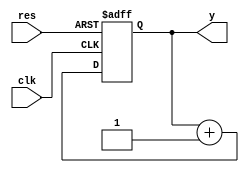
module ts_jsq(clk,res,y);
input		clk;
input		res;
output[7:0]		y;
reg[7:0]		y;//reg
wire[7:0]		sum;//assignwire
assign		sum=y+1;// 
always@(posedge clk or negedge res)
	if(~res) begin
		y<=0;//resy0
	end
	else begin
	y<=sum;//ysum
// y<=y+1;
	end

endmodule